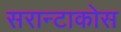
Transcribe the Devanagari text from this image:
सरान्टाकोस